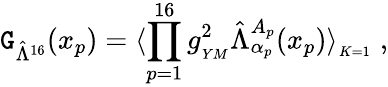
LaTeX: \mathtt{G}_{\hat{{\Lambda}}^{16}}(x_{p})=\langle\prod_{p=1}^{16}g_{_{YM}}^{2}\hat{{\Lambda}}_{\alpha_{p}}^{A_{p}}(x_{p})\rangle_{_{K=1}}\; ,